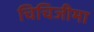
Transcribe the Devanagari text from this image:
चिचिजीमा